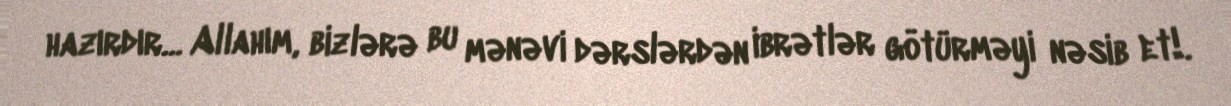
hazırdır... Allahım, bizlərə bu mənəvi dərslərdən ibrətlər götürməyi nəsib et!.